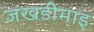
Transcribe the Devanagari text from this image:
जखडीमाइ